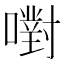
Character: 嚉